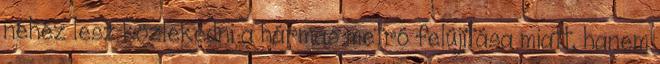
nehéz lesz közlekedni a hármas metró felújítása miatt, hanem